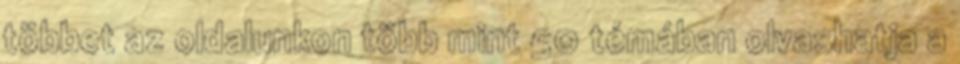
többet az oldalunkon több mint 50 témában olvashatja a